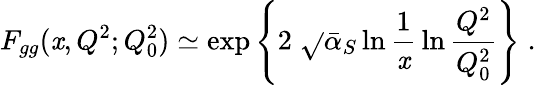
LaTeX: F_{gg}(\mathit{x},Q^{2};Q_{0}^{2})\simeq\exp\left\{ 2\; \sqrt{}{{{\bar{{\alpha}}}_{S}\ln\frac{{1}}{{\mathit{x}}}\, \ln\frac{{Q^{2}}}{{Q_{0}^{2}}}}}\right\} \; .